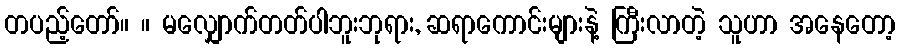
တပည့်တော်။ ။ မလျှောက်တတ်ပါဘူးဘုရား, ဆရာကောင်းများနဲ့ ကြီးလာတဲ့ သူဟာ အနေတော့